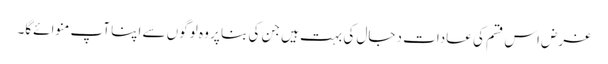
غرض اس قسم کی عادات دجال کی بہت ہیں جن کی بنا پر وہ لوگوں سے اپنا آپ منوائےگا۔